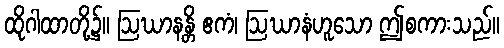
ထိုဂါထာတို့၌။ ဩဃာနန္တိ ဧကံ၊ ဩဃာနံဟူသော ဤစကားသည်။